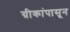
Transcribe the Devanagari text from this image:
ग्रीकांपासून